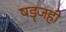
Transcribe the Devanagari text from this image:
षड्जही